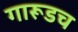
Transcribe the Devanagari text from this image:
गारूडच